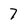
Character: 7